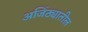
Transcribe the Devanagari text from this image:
अजिंठ्यातील